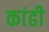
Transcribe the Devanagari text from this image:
कांढी